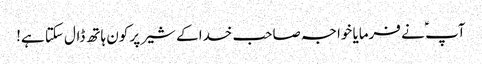
آپ ؑ نے فرمایا خواجہ صاحب خدا کے شیر پر کون ہاتھ ڈال سکتا ہے!